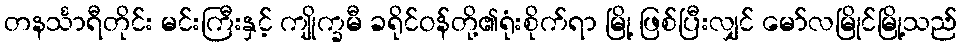
တနင်္သာရီတိုင်း မင်းကြီးနှင့် ကျိုက္ခမီ ခရိုင်ဝန်တို့၏ရုံးစိုက်ရာ မြို့ ဖြစ်ပြီးလျှင် မော်လမြိုင်မြို့သည်